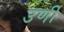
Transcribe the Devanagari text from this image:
उर्णी